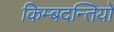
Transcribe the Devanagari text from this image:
किम्बदन्तियों